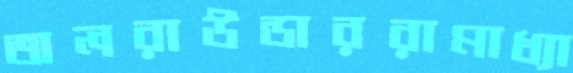
অলরাউন্ডাররামাধ্যা